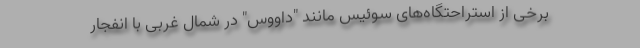
برخی از استراحتگاه‌های سوئیس مانند "داووس" در شمال غربی با انفجار